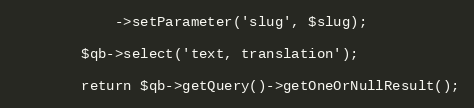
Language: PHP
            ->setParameter('slug', $slug);

        $qb->select('text, translation');

        return $qb->getQuery()->getOneOrNullResult();